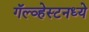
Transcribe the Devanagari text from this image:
गॅल्व्हेस्टनध्ये